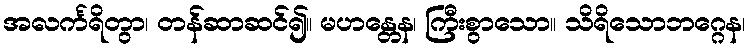
အလင်္ကရိတွာ၊ တန်ဆာဆင်၍။ မဟန္တေန၊ ကြီးစွာသော။ သိရိသောဘဂ္ဂေန၊